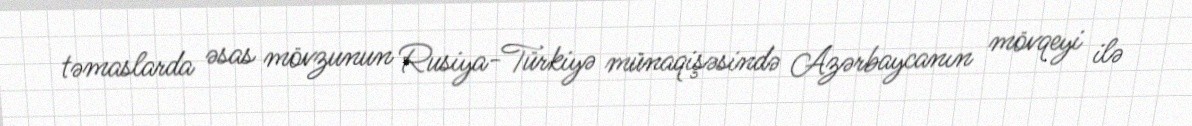
təmaslarda əsas mövzunun Rusiya-Türkiyə münaqişəsində Azərbaycanın mövqeyi ilə